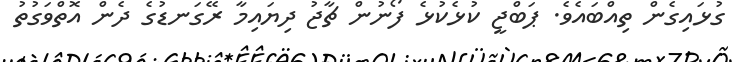
ގުޅައިގެން ތިއްބައެވެ. ޕަބްޖީ ކުޅެކުޅެ ފޯނުން ޗާޖު ދިޔައިމާ ރޭގަނޑުގެ ދެން އޮތްވަގުތު